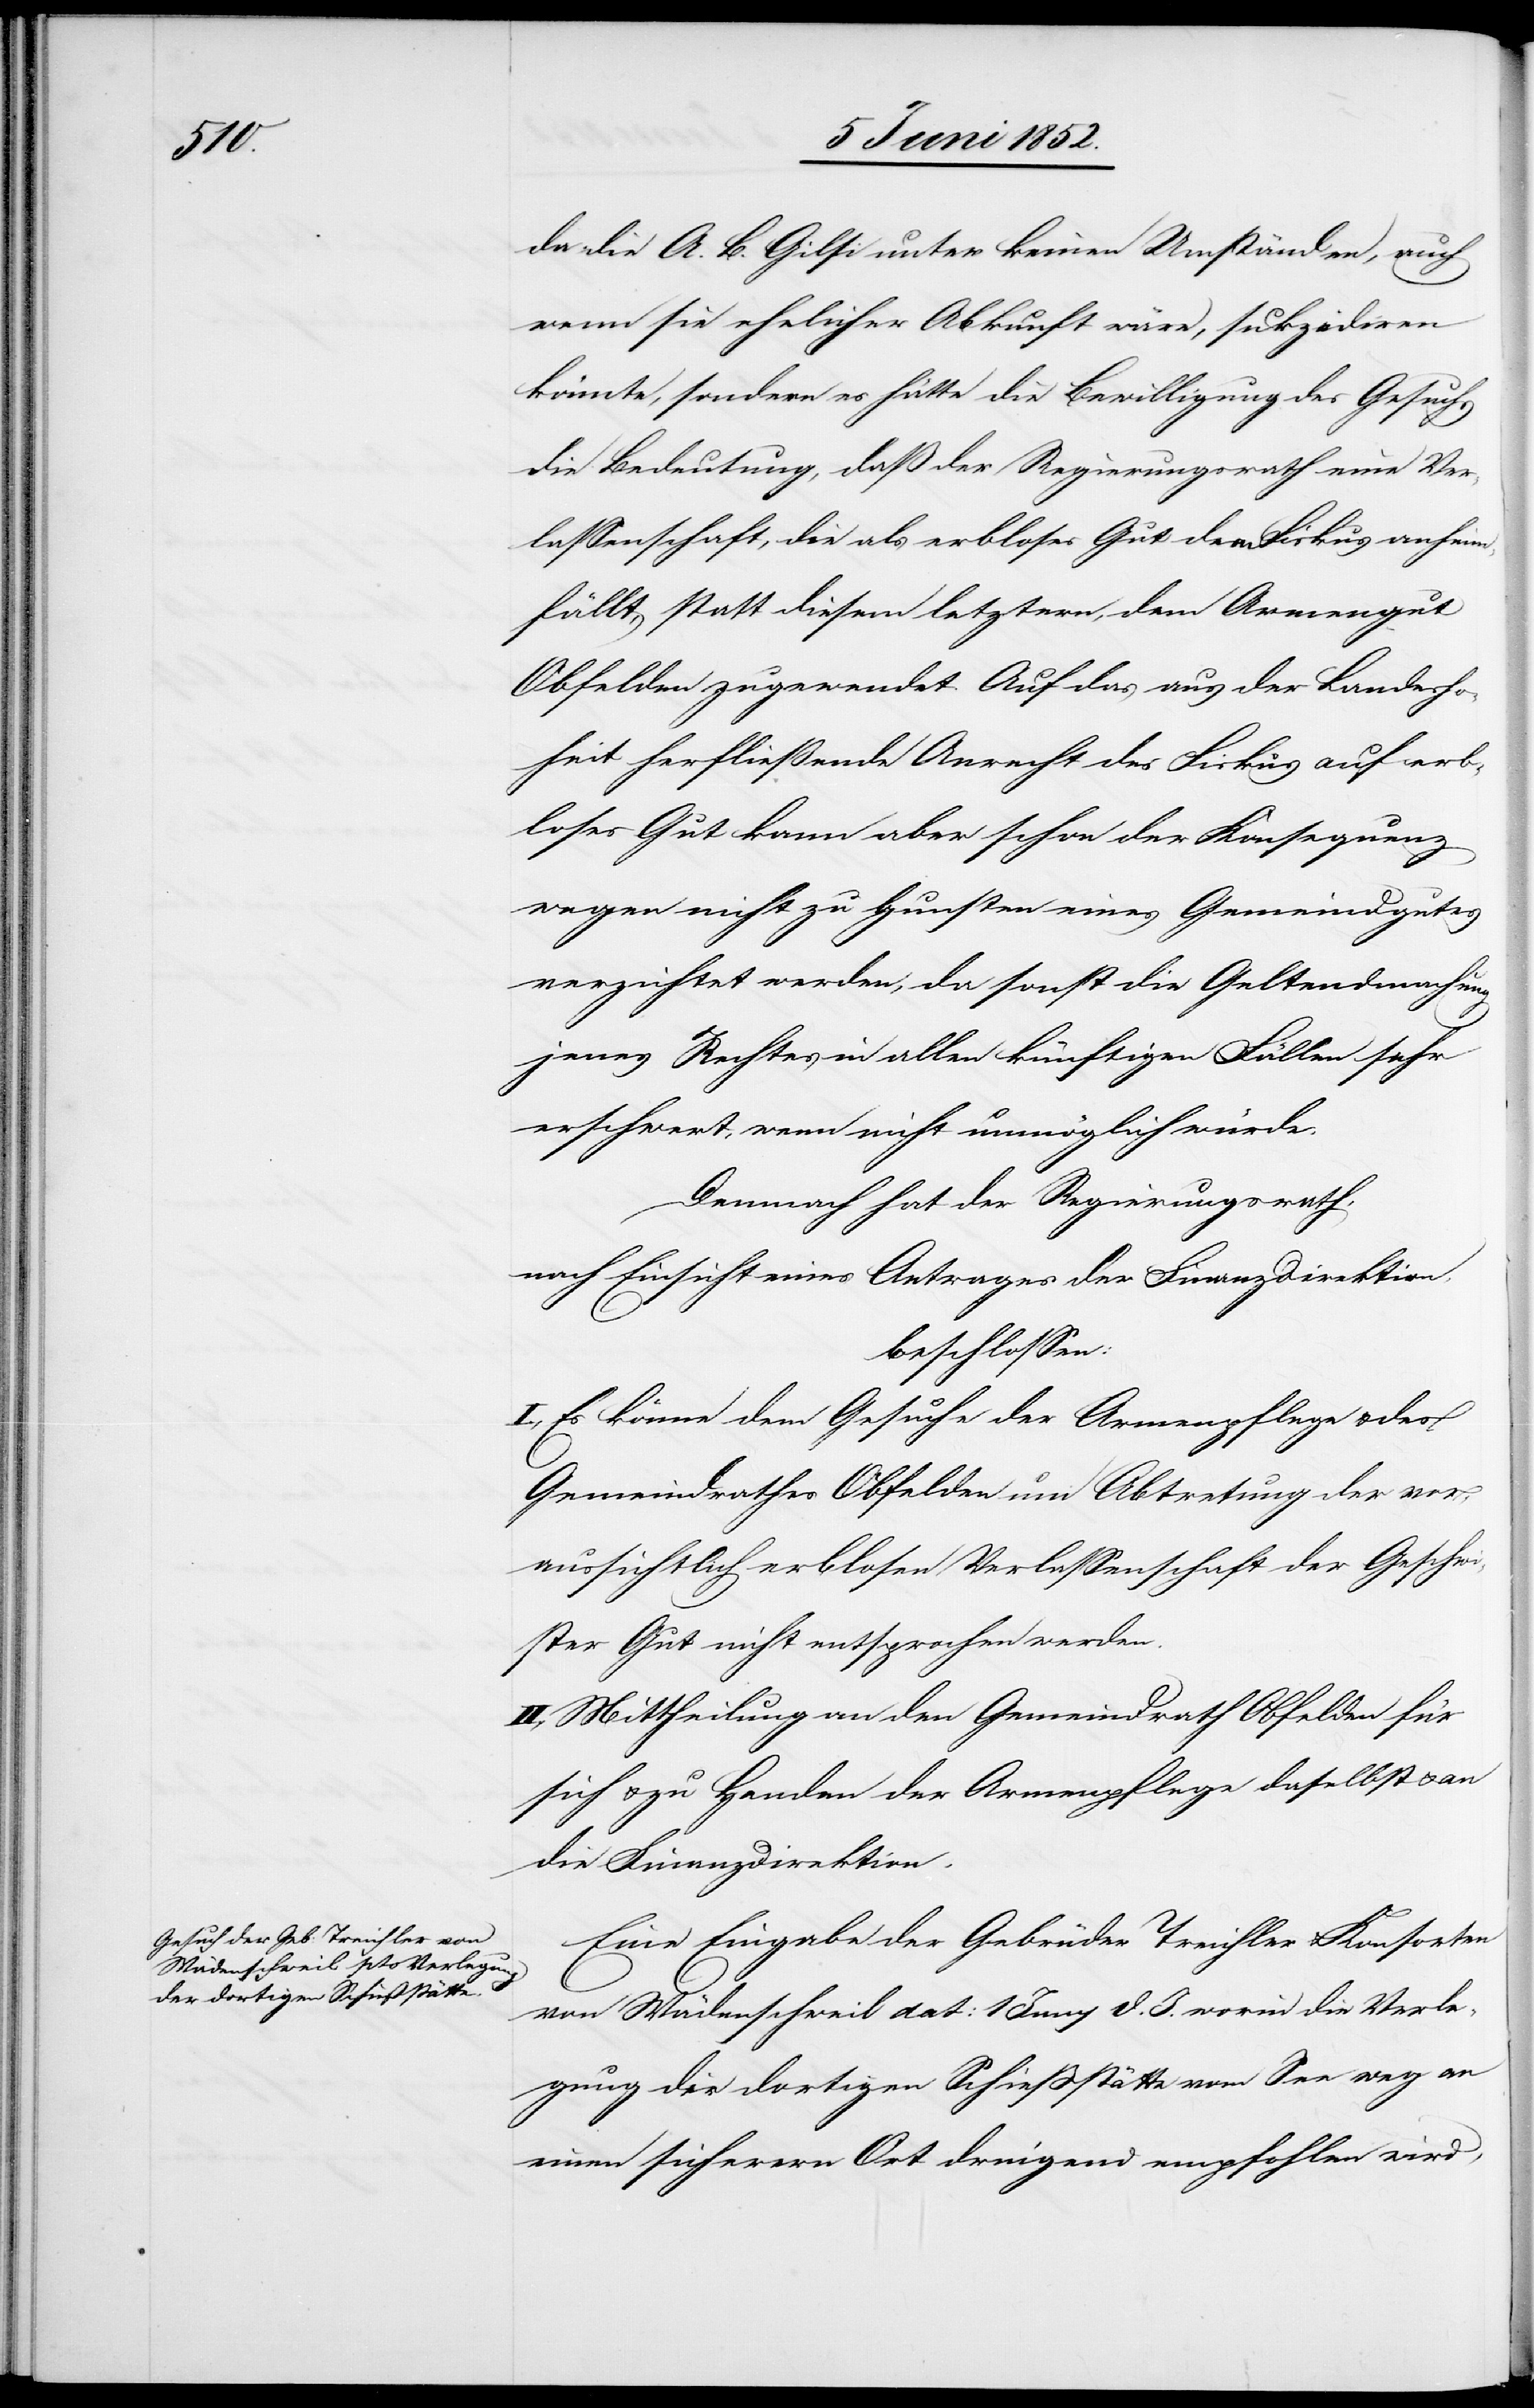
da die A. B. Gilsi unter keinen Umständen, auch
wenn sie ehelicher Abkunft wäre, sukzediren
könnte, sondern es hätte die Bewilligung des Gesuchs
die Bedeutung, daß der Regierungsrath eine Ver¬
lassenschaft, die als erbloses Gut dem Fiskus anheim¬
fällt, statt diesem letztern, dem Armengut
Obfelden zugewendet. Auf das aus der Landesho¬
heit herfliessende Anrecht des Fiskus auf erb¬
loses Gut kann aber schon der Konsequenz
wegen nicht zu Gunsten eines Gemeindgutes
verzichtet werden, da sonst die Geltendmachung
jenes Rechtes in allen künftigen Fällen sehr
erschwert, wenn nicht unmöglich würde.
Demnach hat der Regierungsrath,
nach Einsicht eines Antrages der Finanzdirektion,
beschlossen:
I., Es könne dem Gesuche der Armenpflege & des
Gemeindrathes Obfelden um Abtretung der vo¬
raussichtlich erblosen Verlassenschaft der Geschwi¬
ster Gut nicht entsprochen werden.
II., Mittheilung an den Gemeindrath Obfelden für
sich & zu Handen der Armenpflege daselbst & an
die Finanzdirektion.
Eine Eingabe der Gebrüder Treichler & Konsorten
von Wädenschweil dat: 1 Juny d. J. worin die Verle¬
gung der dortigen Schiessstätte vom See weg an
einen sicherern Ort dringend empfohlen wird,